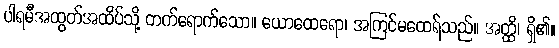
ပါရမီအထွတ်အထိပ်သို့ တက်ရောက်သော။ ယောထေရော၊ အကြင်မထေရ်သည်။ အတ္ထိ၊ ရှိ၏။